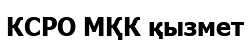
КСРО МҚК қызмет